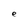
Character: e